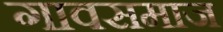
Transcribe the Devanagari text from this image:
गावसमाज